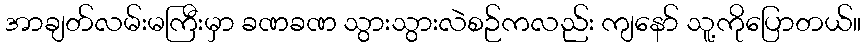
အာချတ်လမ်းမကြီးမှာ ခဏခဏ သွားသွားလဲစဉ်ကလည်း ကျနော် သူ့ကိုပြောတယ်။